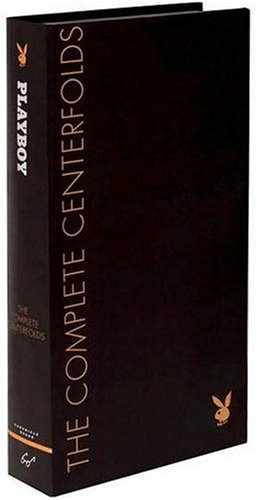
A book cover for Playboy: The Complete Centerfolds; Chronicle Books; Arts & Photography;